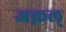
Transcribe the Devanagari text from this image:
अक़ल्‌